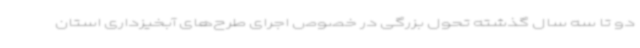
دو تا سه سال گذشته تحول بزرگی در خصوص اجرای طرح‌های آبخیزداری استان